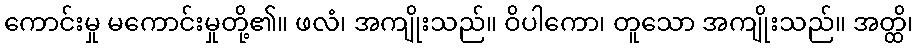
ကောင်းမှု မကောင်းမှုတို့၏။ ဖလံ၊ အကျိုးသည်။ ဝိပါကော၊ တူသော အကျိုးသည်။ အတ္ထိ၊